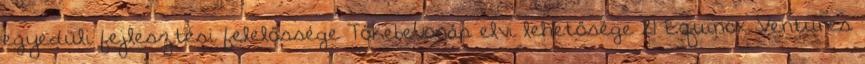
egyedüli fejlesztési felelőssége Tőkebevonás elvi lehetősége 21 Equinox Ventures